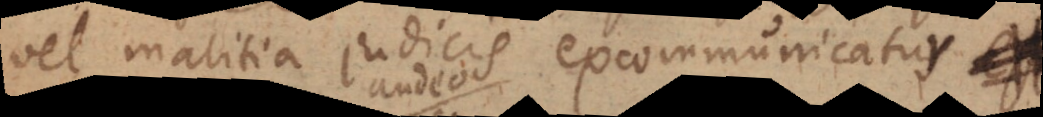
vel malitia judicis excommunicatus